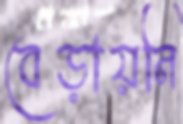
বেড়ায়নি